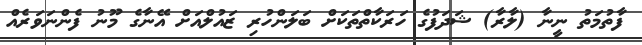
ފާތުމަތު ނީނާ (ލާރާ) ޝަދަފުގެ ހަރަކާތްތަކަށް ބަލަންހުރި ޒައުލްއަށް އޭނާގެ މޫނު ފެންނަވަރެއް